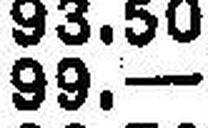
99.—